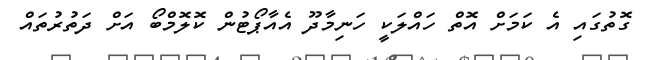
ގޮތުގައި އެ ކަމަށް އޮތް ހައްލަކީ ހަނިމާދޫ އެއާޕޯޓުން ކޮލޮމްބޯ އަށް ދަތުރުތައް